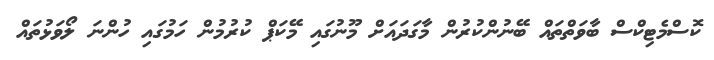
ކޮސްމެޓިކްސް ބާވަތްތައް ބޭނުންކުރުން މާގަދައަށް މޫނުގައި މޭކަޕް ކުރުމުން ހަމުގައި ހުންނަ ލޯވަޅުތައް